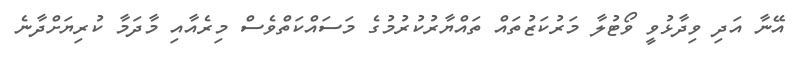
އޭނާ އަދި ވިދާޅުވީ ވޯޓުލާ މަރުކަޒުތައް ތައްޔާރުކުރުމުގެ މަސައްކަތްވެސް މިރެއާއި މާދަމާ ކުރިޔަށްދާނެ